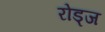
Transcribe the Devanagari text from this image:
रोड्ज